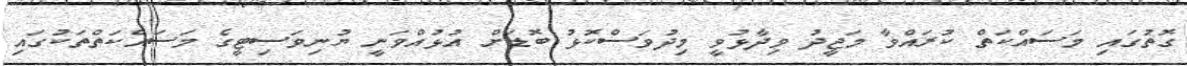
ގޮތުގައި މަސައްކަތް ކުރައްވާ މަޖީދު ވިދާޅުވީ މިދުވަސްކޮޅު ބޮޑަށް އުޅުއްވަނީ ޔުނިވަސިޓީގެ މަސައްކަތްތަކުގައި